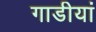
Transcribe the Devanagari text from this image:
गाडीयां